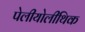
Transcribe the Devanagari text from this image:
पेलीयोलीथिक